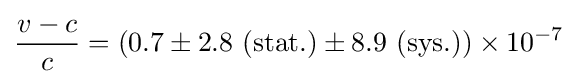
{\frac {v-c}{c}}=(0.7\pm 2.8\ (\mathrm {stat.} )\pm 8.9\ (\mathrm {sys.} ))\times 10^{-7}